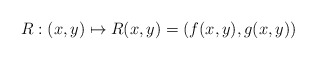
\begin{align*}R : (x,y) \mapsto R(x,y) = (f(x,y),g(x,y))\end{align*}